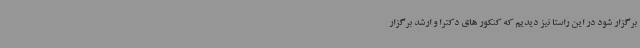
برگزار شود در این راستا نیز دیدیم که کنکور های دکترا و ارشد برگزار